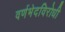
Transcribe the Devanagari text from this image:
वर्णभेदविरोधी